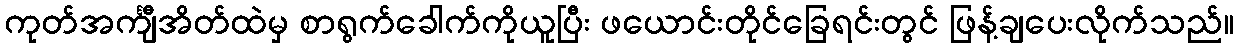
ကုတ်အင်္ကျီအိတ်ထဲမှ စာရွက်ခေါက်ကိုယူပြီး ဖယောင်းတိုင်ခြေရင်းတွင် ဖြန့်ချပေးလိုက်သည်။